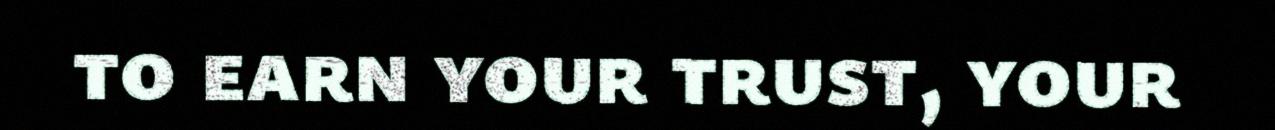
to earn your trust, your